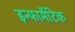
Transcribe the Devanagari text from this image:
इन्फार्मेटिक